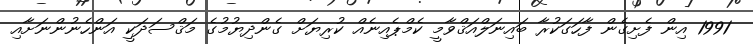
1991 އިން ފެށިގެން ފާހަގަކުރާ ބައިނަލްއަޤްވާމީ ކެމްޕެއިނެއް ކުރިޔަށް ގެންދިޔުމުގެ މަޤްސަދަކީ އަންހެނުންނަށާއި